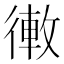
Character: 𢕣